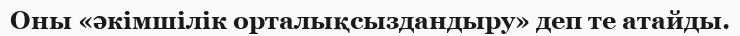
Оны «әкімшілік орталықсыздандыру» деп те атайды.